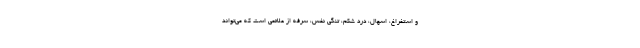
و استفراغ، اسهال، درد شکم، تنگی نفس، سرفه از علائمی است که می‌تواند